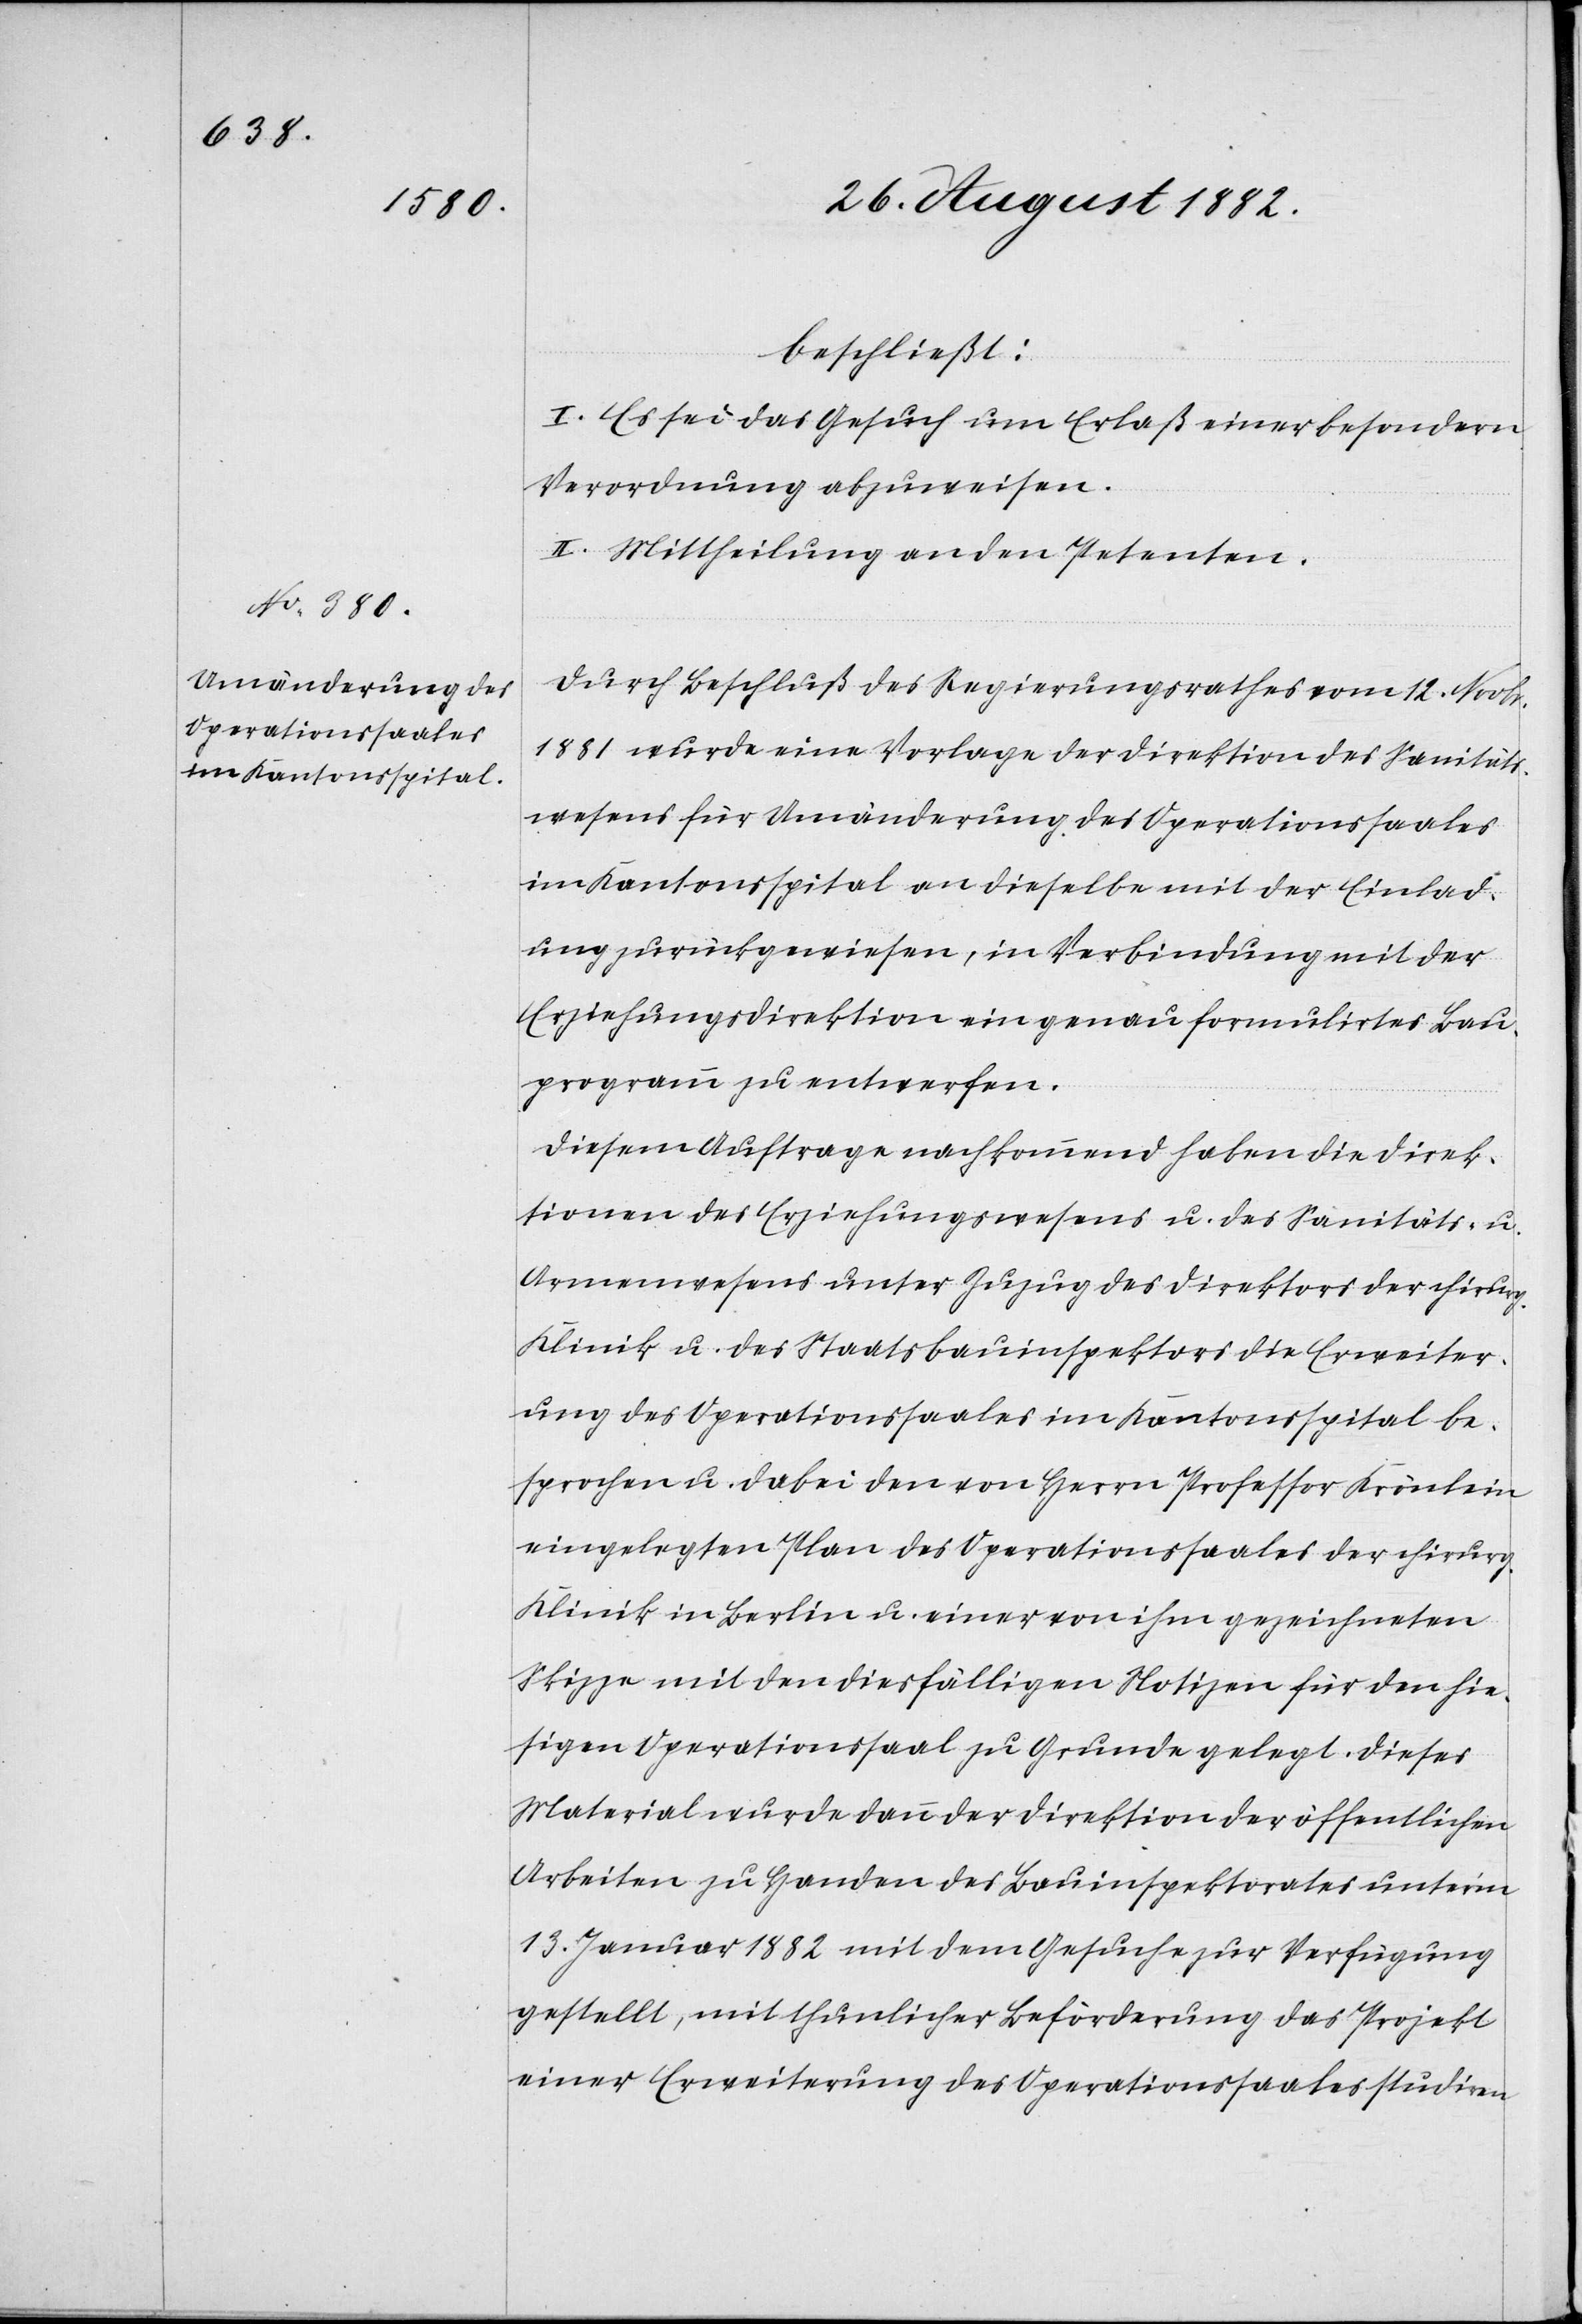
beschließt:
I. Es sei das Gesuch um Erlaß einer besondern
Verordnung abzuweisen.
II. Mittheilung an den Petenten.
Durch Beschluß des Regierungsrathes vom 12. Novbr.
1881 wurde eine Vorlage der Direktion des Sanitäts¬
wesens für Umänderung des Operationssaales
im Kantonsspital an dieselbe mit der Einlad¬
ung zurückgewiesen, in Verbindung mit der
Erziehungsdirektion ein genau formulirtes Bau¬
programm zu entwerfen.
Diesem Auftrage nachkommend haben die Direk¬
tionen des Erziehungswesens u. des Sanitäts- u.
Armenwesens unter Zuzug des Direktors der chirurg.
Klinik u. des Staatsbauinspektors die Erweiter¬
ung des Operationssaales im Kantonsspital be¬
sprochen u. dabei den von Herrn Professor Krönlein
eingelegten Plan des Operationssaales der chirurg.
Klinik in Berlin u. einer von ihm gezeichneten
Skizze mit den diesfälligen Notizen für den hie¬
sigen Operationssaal zu Grunde gelegt. Dieses
Material wurde dann der Direktion der öffentlichen
Arbeiten zu Handen des Bauinspektorates unter’m
13. Januar 1882 mit dem Gesuche zur Verfügung
gestellt, mit thunlicher Beförderung das Projekt
einer Erweiterung des Operationssaales studiren